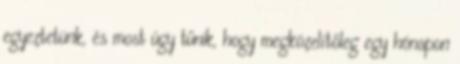
egyeztetünk, és most úgy tűnik, hogy megközelítőleg egy hónapon